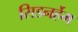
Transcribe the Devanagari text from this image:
सिडनर्हेम